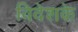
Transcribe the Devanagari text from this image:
विदेशके